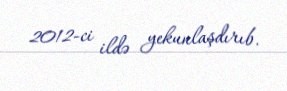
2012-ci ildə yekunlaşdırıb.